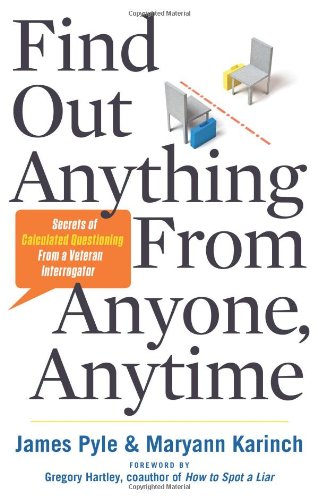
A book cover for Find Out Anything From Anyone, Anytime: Secrets of Calculated Questioning From a Veteran Interrogator; James Pyle; Politics & Social Sciences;